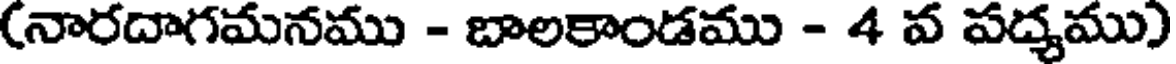
(నారదాగమనము - బాలకాండము - 4 వ పద్యము)